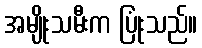
အမျိုးသမီးက ပြုံးသည်။